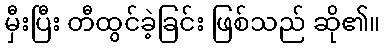
မှီးပြီး တီထွင်ခဲ့ခြင်း ဖြစ်သည် ဆို၏။